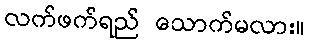
လက်ဖက်ရည် သောက်မလား။